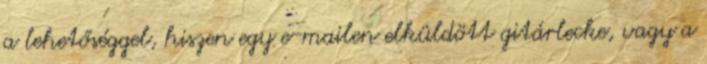
a lehetőséggel, hiszen egy e-mailen elküldött gitárlecke, vagy a